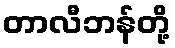
တာလီဘန်တို့